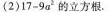
(2)$$1 7 - 9 a^{2}$$的立方根。